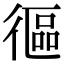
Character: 𢕓